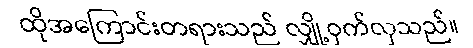
ထိုအကြောင်းတရားသည် လျှို့ဝှက်လှသည်။